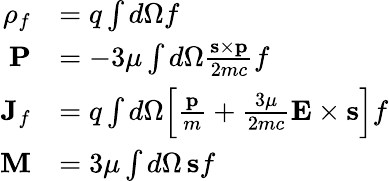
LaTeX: \begin{array}{rl}{\rho_{f}}&{=q\int d\Omega f}\\ {\textbf{P}}&{=-3\mu\int d\Omega\frac{\textbf{s}\times\textbf{p}}{2mc}f}\\ {\textbf{J}_{f}}&{=q\int d\Omega\Big[\frac{\textbf{p}}{m}+\frac{3\mu}{2mc}\mathbf{E}\times\textbf{s}\Big]f}\\ {\textbf{M}}&{=3\mu\int d\Omega\, \textbf{s}f}\end{array}